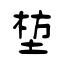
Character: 堏